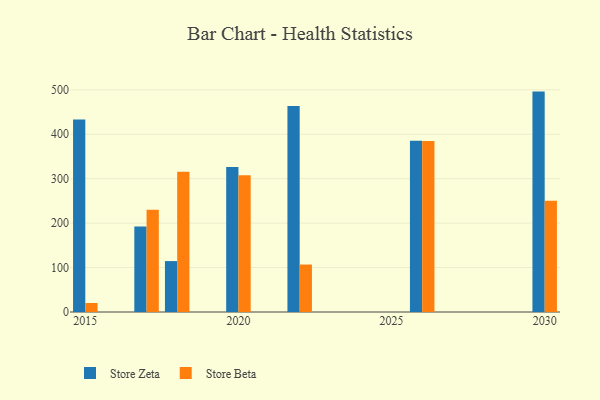
{"axis": {"x": "Year", "y": "Demand Index"}, "legend": ["Store Beta", "Store Zeta"], "data": [{"x": "2020", "y": 326.4, "type": "Store Zeta"}, {"x": "2020", "y": 307.7, "type": "Store Beta"}, {"x": "2022", "y": 463.7, "type": "Store Zeta"}, {"x": "2022", "y": 106.8, "type": "Store Beta"}, {"x": "2015", "y": 433.2, "type": "Store Zeta"}, {"x": "2015", "y": 20.3, "type": "Store Beta"}, {"x": "2017", "y": 192.2, "type": "Store Zeta"}, {"x": "2017", "y": 230.2, "type": "Store Beta"}, {"x": "2026", "y": 385.4, "type": "Store Zeta"}, {"x": "2026", "y": 384.7, "type": "Store Beta"}, {"x": "2030", "y": 496.0, "type": "Store Zeta"}, {"x": "2030", "y": 250.2, "type": "Store Beta"}, {"x": "2018", "y": 114.6, "type": "Store Zeta"}, {"x": "2018", "y": 315.8, "type": "Store Beta"}]}